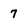
Character: 7